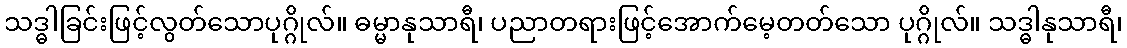
သဒ္ဓါခြင်းဖြင့်လွတ်သောပုဂ္ဂိုလ်။ ဓမ္မာနုသာရီ၊ ပညာတရားဖြင့်အောက်မေ့တတ်သော ပုဂ္ဂိုလ်။ သဒ္ဓါနုသာရီ၊